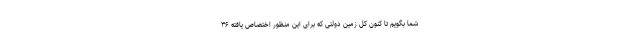
شما بگویم تا کنون کل زمین دولتی که برای این منظور اختصاص یافته ۳۶